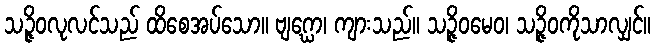
သဉ္ဇိဝလုလင်သည် ထိစေအပ်သော။ ဗျဂ္ဃော၊ ကျားသည်။ သဉ္ဇိဝမေဝ၊ သဉ္ဇိဝကိုသာလျှင်။